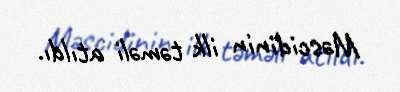
Məscidinin ilk təməli atıldı.